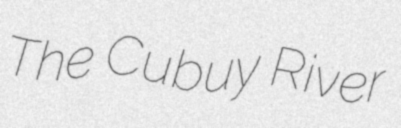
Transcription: The Cubuy River